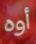
أوه